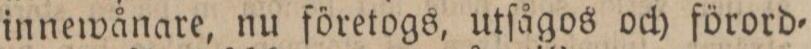
innewånare, nu företogs, utſågos och förord=